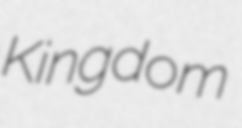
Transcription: Kingdom